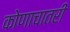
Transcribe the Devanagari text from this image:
कोणाचातरी